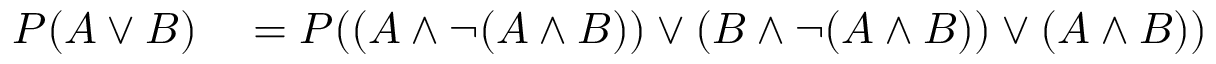
\begin{array} { r l } { P ( A \lor B ) } & { { } = P ( ( A \land \neg ( A \land B ) ) \lor ( B \land \neg ( A \land B ) ) \lor ( A \land B ) ) } \end{array}